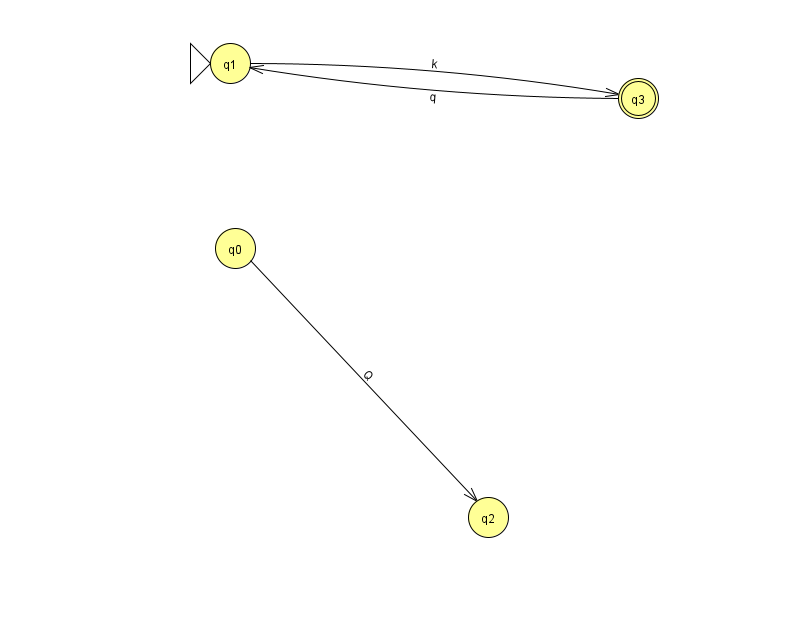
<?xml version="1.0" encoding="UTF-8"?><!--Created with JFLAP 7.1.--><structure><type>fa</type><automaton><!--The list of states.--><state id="0" name="q0"><x>235.0</x><y>235.0</y></state><state id="1" name="q1"><x>230.0</x><y>50.0</y><initial/></state><state id="2" name="q2"><x>488.0</x><y>504.0</y></state><state id="3" name="q3"><x>638.0</x><y>85.0</y><final/></state><!--The list of transitions.--><transition><from>3</from><to>1</to><read>q</read></transition><transition><from>0</from><to>2</to><read>Q</read></transition><transition><from>1</from><to>3</to><read>k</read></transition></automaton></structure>